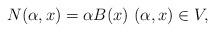
LaTeX: \begin{align*}N(\alpha, x)&=\alpha B(x) \ (\alpha, x)\in V,\\\end{align*}